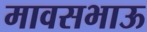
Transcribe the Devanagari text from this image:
मावसभाऊ